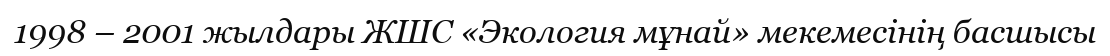
1998 – 2001 жылдары ЖШС «Экология мұнай» мекемесінің басшысы